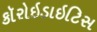
કૉરોઇડાઇટિસ